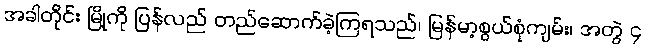
အခါတိုင်း မြို့ကို ပြန်လည် တည်ဆောက်ခဲ့ကြရသည်၊ မြန်မာ့စွယ်စုံကျမ်း၊ အတွဲ ၄